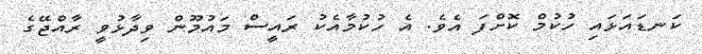
ކަނޑައަޅައި ހުކުމް ކޮށްފަ އެވެ. އެ ހުކުމާއެކު ރައީސް މައުމޫން ވިދާޅުވީ ރާއްޖޭގެ